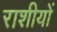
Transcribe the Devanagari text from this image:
राशीयों